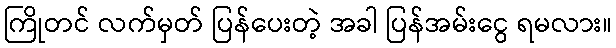
ကြိုတင် လက်မှတ် ပြန်ပေးတဲ့ အခါ ပြန်အမ်းငွေ ရမလား။